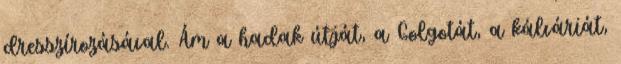
dresszírozásával. Ám a hadak útját, a Golgotát, a kálváriát,